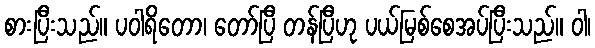
စားပြီးသည်။ ပဝါရိတော၊ တော်ပြီ တန်ပြီဟု ပယ်မြစ်စေအပ်ပြီးသည်။ ဝါ၊